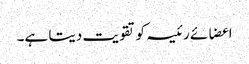
اعضائے رئیسہ کو تقویت دیتا ہے۔